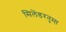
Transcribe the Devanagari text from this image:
सिलेंडरनुमा